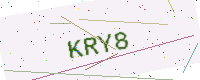
Text: KRY8